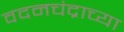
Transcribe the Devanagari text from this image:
वदनचंद्राच्या